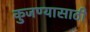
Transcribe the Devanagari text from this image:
कुजण्यासाठी